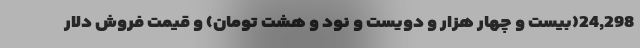
24,298(بیست و چهار هزار و دویست و نود و هشت تومان) و قیمت فروش دلار